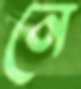
নে